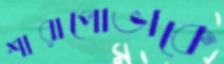
শারাপোভাকে